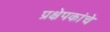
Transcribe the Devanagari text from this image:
प्रक्षेपकांचे